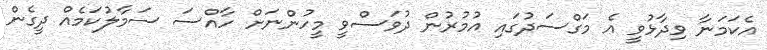
އެކަމަނާ ވިދާޅުވީ އެ މަގްސަދުގައި އުމުރުން ދުވަސްވީ މީހުންނަށް ހާއްސަ ސަމާލުކަމެއް ދީގެން